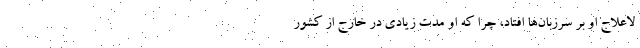
لاعلاج او بر سرزبان‌ها افتاد، چرا كه او مدت زيادي در خارج از كشور